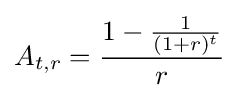
{A_{t,r}}={\frac {1-{\frac {1}{(1+r)^{t}}}}{r}}